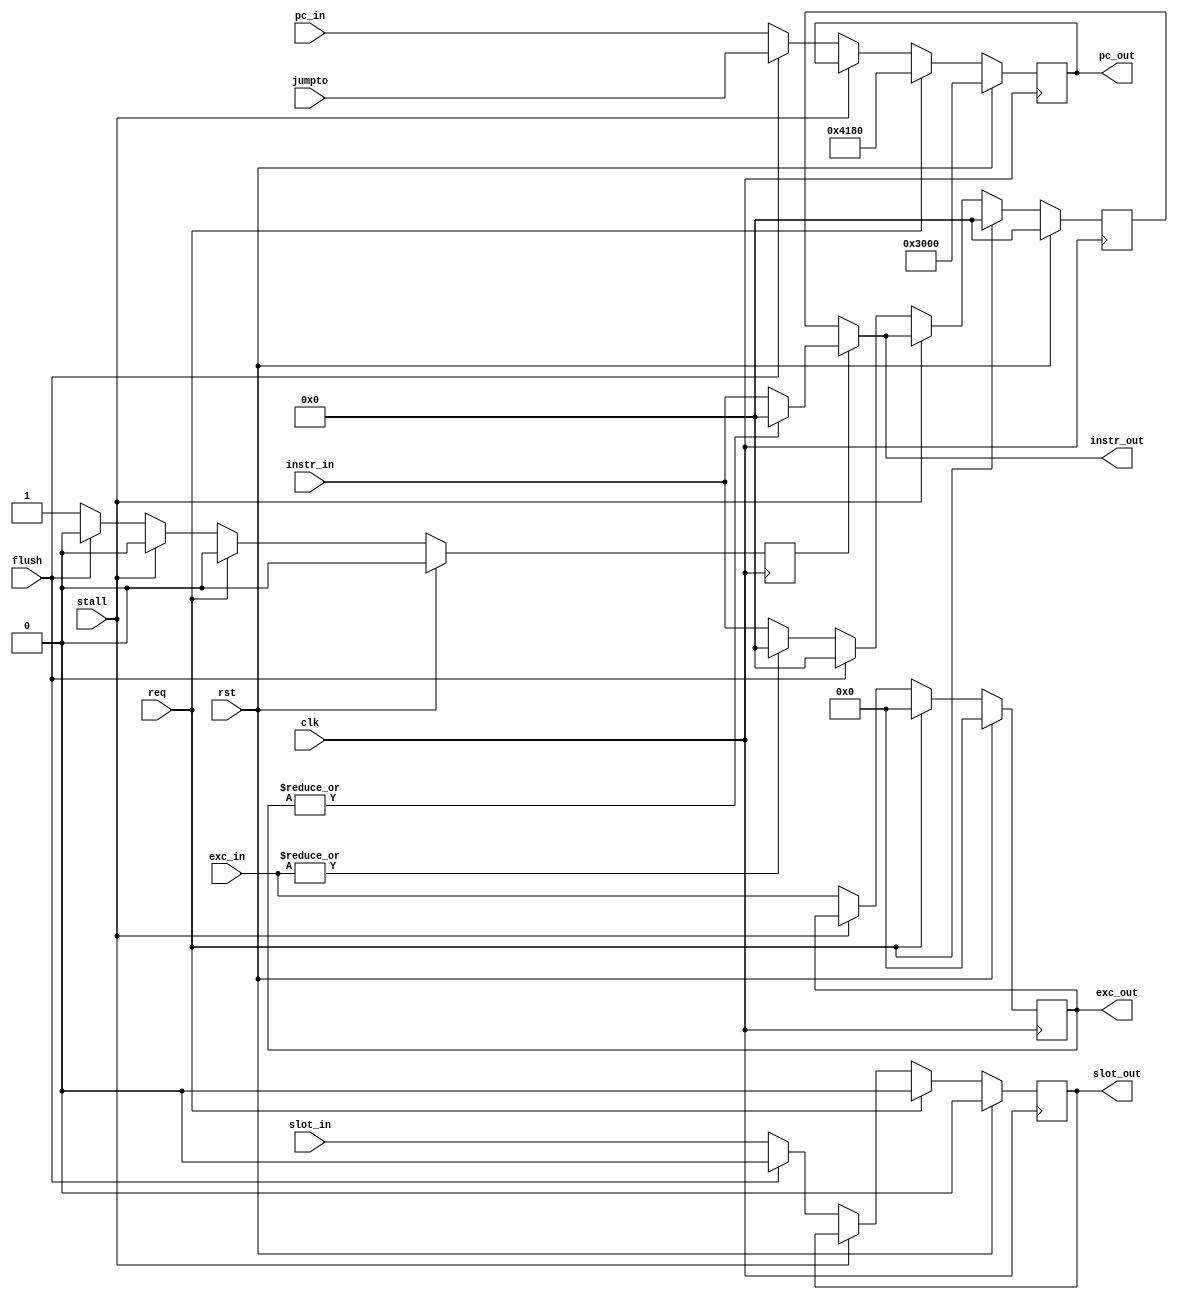
`timescale 1ns / 1ps

module StageD(
    input clk,
    input rst, // ! Sync reset
    input stall,
    input req,
    input flush,
    input [31:0] instr_in,
    input [31:0] pc_in,
    input [4:0] exc_in,
    input slot_in,
    input [31:0] jumpto,
    output [31:0] instr_out,
    output reg [31:0] pc_out,
    output reg [4:0] exc_out,
    output reg slot_out
    );
    
    reg [31:0] instr;
    reg pass;
    assign instr_out = pass ? ((|exc_out) ? 0 : instr_in) : instr;

    always@(posedge clk) begin
        if(rst) begin
            pass <= 0;
            instr <= 0;
            pc_out <= 32'h0000_3000;
            exc_out <= 0;
            slot_out <= 0;
        end else if(req) begin
            pass <= 0;
            instr <= 0;
            pc_out <= 32'h0000_4180;
            exc_out <= 0;
            slot_out <= 0;
        end else if(stall) begin
            pass <= 0;
            instr <= instr_out;
        end else if(flush) begin
            pass <= 0;
            instr <= 0;
            exc_out <= exc_in; // or 0
            pc_out <= jumpto;
            slot_out <= 0;
        end else begin
            pass <= 1;
            instr <= (|exc_in) ? 0 : instr_in;
            pc_out <= pc_in;
            exc_out <= exc_in;
            slot_out <= slot_in;
        end
    end

endmodule